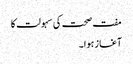
مفت صحت کی سہولت کا
آغاز ہوا۔